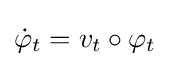
{\dot {\varphi }}_{t}=v_{t}\circ \varphi _{t}